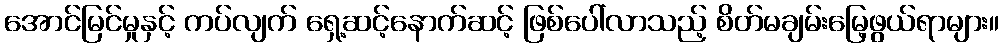
အောင်မြင်မှုနှင့် ကပ်လျက် ရှေ့ဆင့်နောက်ဆင့် ဖြစ်ပေါ်လာသည့် စိတ်မချမ်းမြေ့ဖွယ်ရာများ။